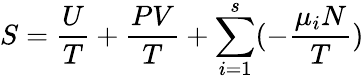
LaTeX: S={\frac{U}{T}}+{\frac{PV}{T}}+\sum_{i=1}^{s}(-{\frac{\mu_{i}N}{T}})